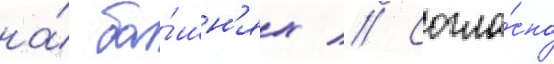
на́ ба́шн'ях // Согла́сно